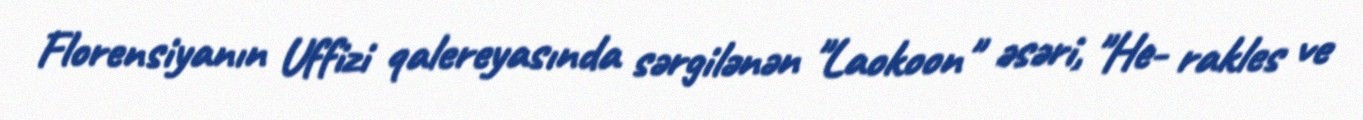
Florensiyanın Uffizi qalereyasında sərgilənən "Laokoon" əsəri, "He- rakles ve